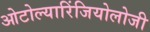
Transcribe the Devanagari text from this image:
ओटोल्यारिंजियोलोजी